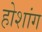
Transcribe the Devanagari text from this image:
होशांग